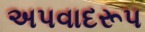
અપવાદરૂપ